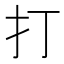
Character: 打